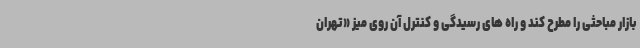
بازار مباحثی را مطرح کند و راه های رسیدگی و کنترل آن روی میز «تهران